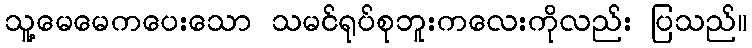
သူ့မေမေကပေးသော သမင်ရုပ်စုဘူးကလေးကိုလည်း ပြသည်။